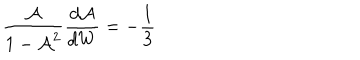
\frac { \mathcal { A } } { 1 - \mathcal { A } ^ { 2 } } \frac { d \mathcal { A } } { d W } = - \frac { 1 } { 3 }